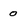
Character: 0